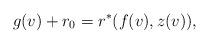
LaTeX: \begin{align*} g(v)+r_0=r^\ast(f(v),z(v)),\end{align*}